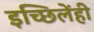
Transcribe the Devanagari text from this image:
इच्छिलेंही